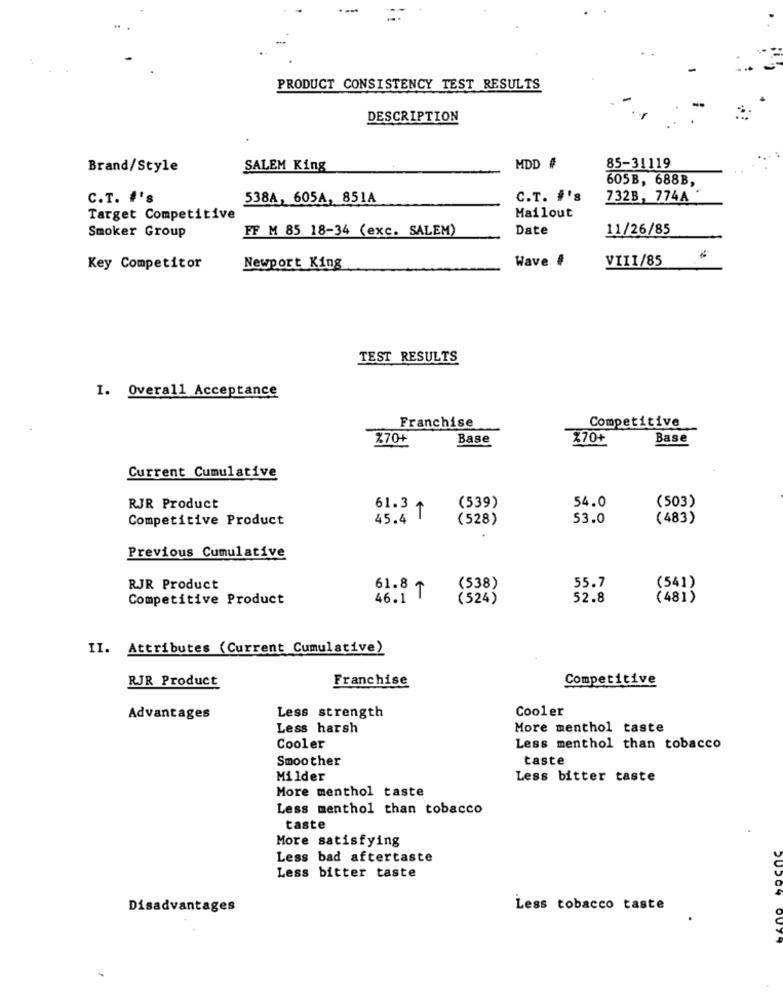
PRODUCT CONSISTENCY TEST RESULTS
DESCRIPTION
Brand/Style
SALEM King
MDD #
85-31119
605B, 688B,
C.T. #'s
538A, 605A, 851A
C.T. #'s
732B, 774A
Target Competitive
Mailout
Smoker Group
FF M 85 18-34 (exc. SALEM)
Date
11/26/85
Wave #
VIII/85
Key Competitor
Newport King
TEST RESULTS
I. Overall Acceptance
Franchise
Competitive
170+
Base
270+
Base
Current Cumulative
54.0
(503)
RJR Product
61.3
(539)
Competitive Product
45.4 T
(528)
53.0
(483)
Previous Cumulative
RJR Product
61.8
(538)
55.7
(541)
Competitive Product
46.1 |
(524)
52.8
(481)
II. Attributes (Current Cumulative)
RJR Product
Competitive
Franchise
Cooler
Advantages
Less strength
Less harsh
More menthol taste
Cooler
Less menthol than tobacco
Smoother
taste
Milder
Less bitter taste
More menthol taste
Less menthol than tobacco
taste
More satisfying
Less
bad aftertaste
Less bitter taste
Disadvantages
Less tobacco taste